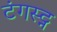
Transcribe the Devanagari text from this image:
टंगस्ट्न